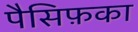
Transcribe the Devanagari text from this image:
पैसिफ़का